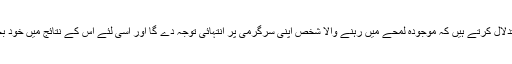
لیکن وہ اس بات کا استدلال کرتے ہیں کہ موجودہ لمحے میں رہنے والا شخص اپنی سرگرمی پر انتہائی توجّہ دے گا اور اسی لئے اس کے نتائج میں خود بخود بہتری آ جائے گی۔